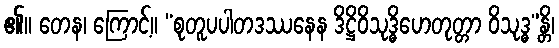
၏။ တေန၊ ကြောင့်။ “စုတူပပါတဒဿနေန ဒိဋ္ဌိဝိသုဒ္ဓိဟေတုတ္တာ ဝိသုဒ္ဓ”န္တိ၊